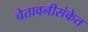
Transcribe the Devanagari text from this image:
चेतावनीसंकेत